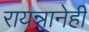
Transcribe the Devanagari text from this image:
रायन्नानेही